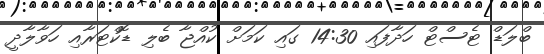
ބްލަޑް ޓެސްޓް ހަދާފައި 14:30 ގައި ކަމަށް ކުއްޖާ ބެލި ޑޮކްޓަރާއި ހަވާލާދީ